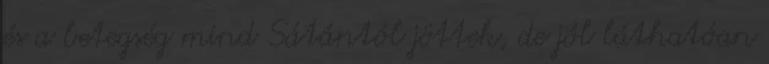
és a betegség mind Sátántól jöttek, de jól láthatóan